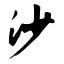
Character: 沙